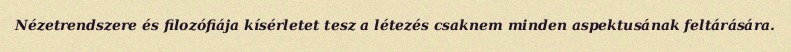
Nézetrendszere és filozófiája kísérletet tesz a létezés csaknem minden aspektusának feltárására.